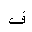
Letter: _fa